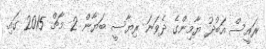
ރައީސް އަބްދު ޔާމިންގެ ދެވަނަ ރިޔާސީ ބަޔާން 2 މާޗް 2015 ގައި.